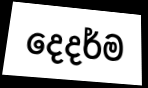
දෙදර්ම